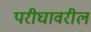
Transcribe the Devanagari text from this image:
परीघावरील